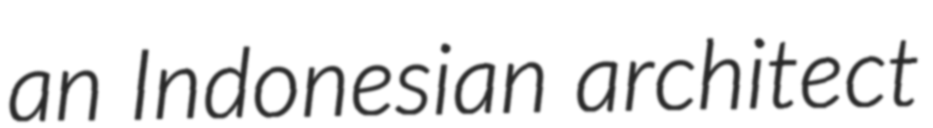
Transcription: an Indonesian architect